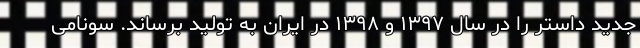
جدید داستر را در سال ۱۳۹۷ و ۱۳۹۸ در ایران به تولید برساند. سونامی